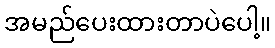
အမည်ပေးထားတာပဲပေါ့။